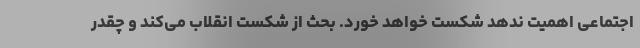
اجتماعی اهمیت ندهد شکست خواهد خورد. بحث از شکست انقلاب می‌کند و چقدر